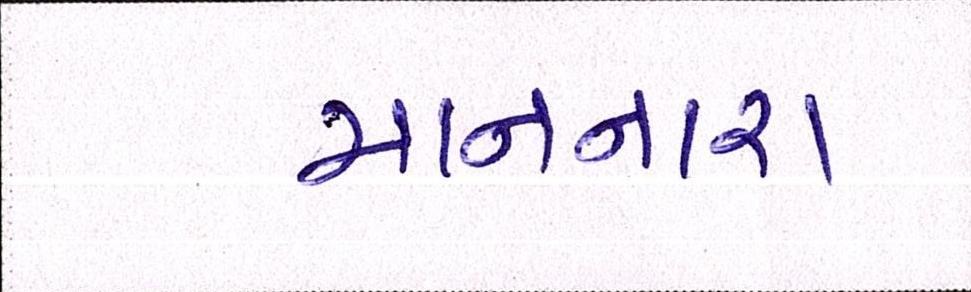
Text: માનનારા